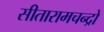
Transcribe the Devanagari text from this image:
सीतारामचन्द्रो